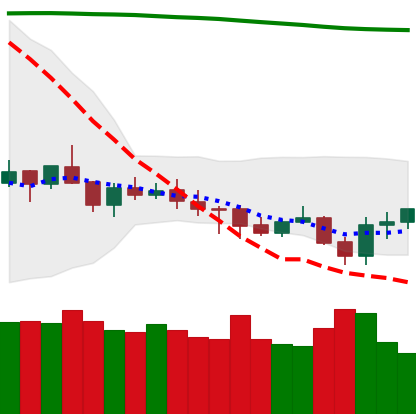
Ticker: XMR-USD
Chart end date: 2021-07-23
Forward return: 15.343%
Label: up_7plus